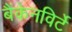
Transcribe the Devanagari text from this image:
बैंकेनविर्टे